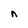
Character: n